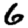
Digit: 6